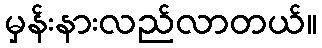
မှန်းနားလည်လာတယ်။